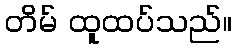
တိမ် ထူထပ်သည်။